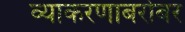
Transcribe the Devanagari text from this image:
व्याकरणाबरोबर